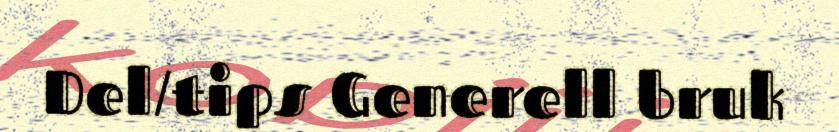
Del/tips Generell bruk